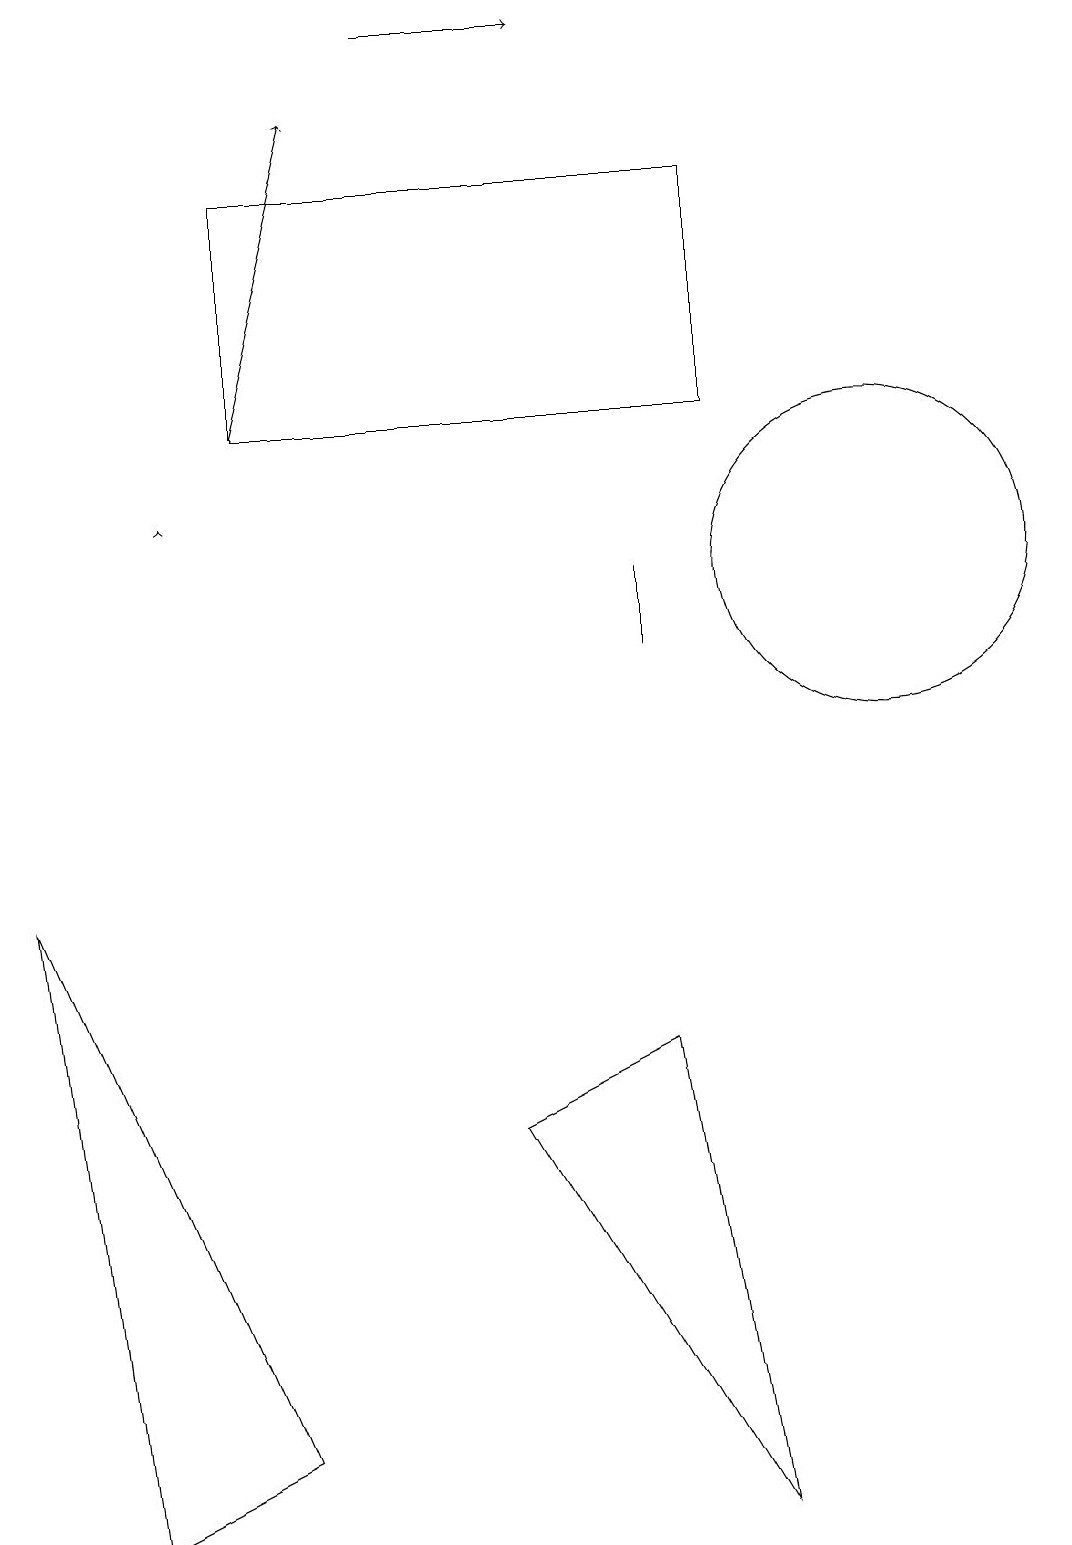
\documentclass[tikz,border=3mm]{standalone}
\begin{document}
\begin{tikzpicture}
\draw (9,14) rectangle (3,17);
\draw[->] (5,19) -- (7,19);
\draw (8,11) rectangle (8,12);
\draw[->] (3,14) -- (4,18);
\draw (6,5) -- (8,6) -- (9,0) -- cycle;
\draw (0,8) -- (1,0) -- (3,1) -- cycle;
\draw (11,12) circle (2);
\draw[->] (2,13) -- (2,13);
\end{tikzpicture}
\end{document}